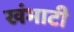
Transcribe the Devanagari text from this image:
खंभाटी